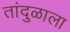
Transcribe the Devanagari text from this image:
तांदुळाला